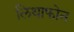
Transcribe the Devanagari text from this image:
लिथाफोन